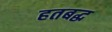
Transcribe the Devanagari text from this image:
हतबद्ध